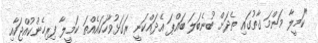
"ކަމީލާ މަންމަ ގާތުގައި ތެދަށް ބުނެބަލަ ބައްޕަ އެދައްކަނީ ރަގަޅުވާހަކައެއްތަ ކަމީލާ ފިރިހެންކުއްޖަކާއި